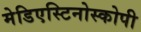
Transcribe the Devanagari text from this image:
मेडिएस्टिनोस्कोपी